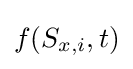
f(S_{x,i},t)